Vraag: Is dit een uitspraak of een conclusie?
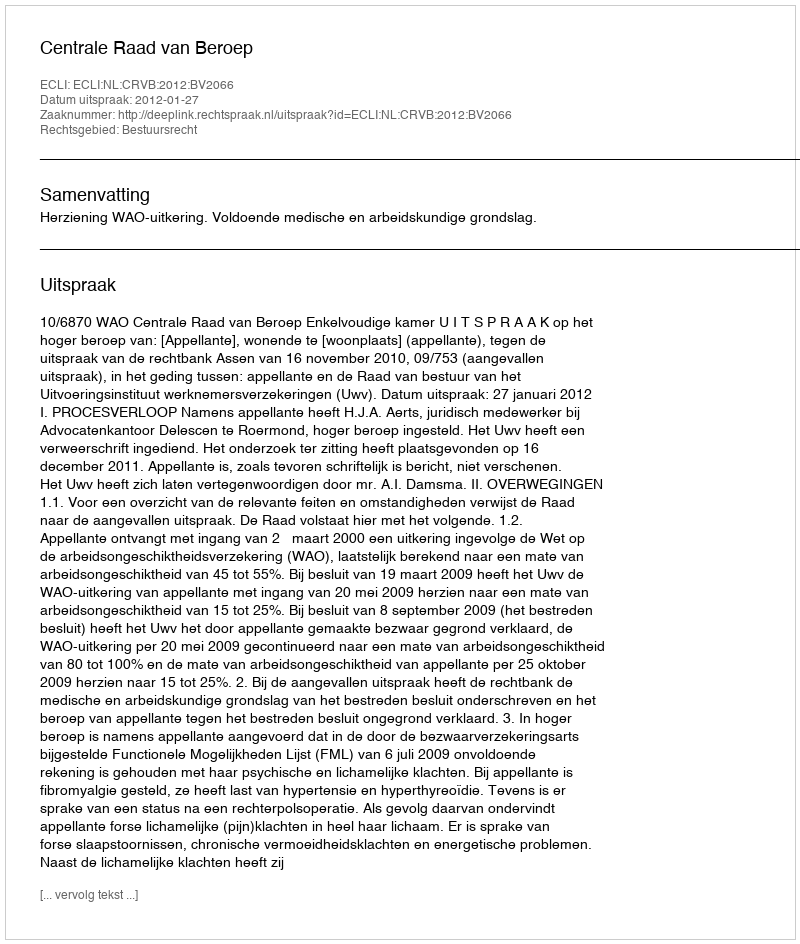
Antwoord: Uitspraak